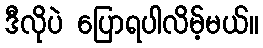
ဒီလိုပဲ ပြောရပါလိမ့်မယ်။